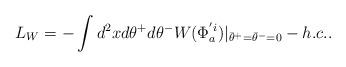
LaTeX: \begin{align*}L_W=-\int d^2 x d \theta^+ d \theta^-W(\Phi_a^{'i}) |_{{\bar \theta}^+={\bar \theta}^-=0}-h.c..\end{align*}